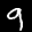
Label: 9